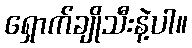
ရှောက်ချိုသီးနဲ့ပါ။